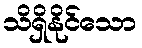
သိရှိနိုင်သော